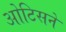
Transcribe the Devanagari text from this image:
ओटिसने